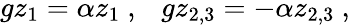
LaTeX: gz_{1}=\alpha z_{1}~,~~~gz_{2,3}=-\alpha z_{2,3}~,